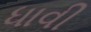
ધાવી